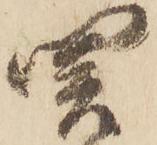
関